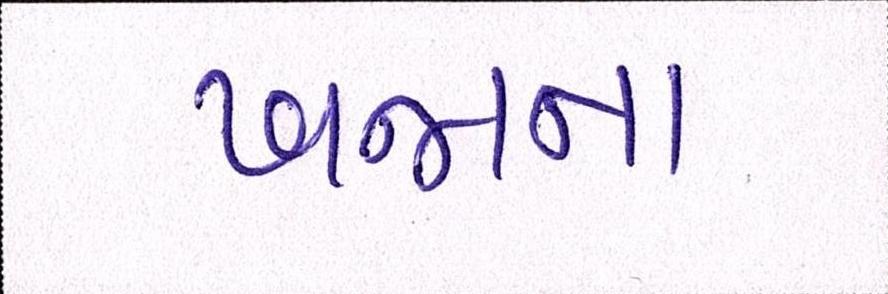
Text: ખજાના